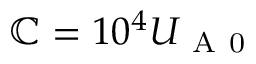
\mathbb { C } = 1 0 ^ { 4 } U _ { \mathrm { ~ A ~ 0 ~ } }